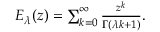
\begin{array} { r } { E _ { \lambda } ( z ) = \sum _ { k = 0 } ^ { \infty } \frac { z ^ { k } } { \Gamma ( \lambda k + 1 ) } . } \end{array}